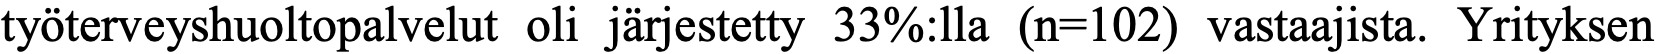
työterveyshuoltopalvelut oli järjestetty 33%:lla (n=102) vastaajista. Yrityksen